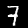
Digit: 7